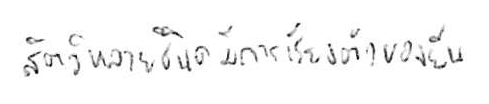
สัตว์หลายชนิดมีการเรียงตัวของยีน